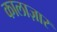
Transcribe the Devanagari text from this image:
कालाज़ार